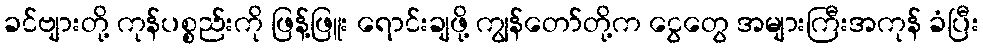
ခင်ဗျားတို့ ကုန်ပစ္စည်းကို ဖြန့်ဖြူး ရောင်းချဖို့ ကျွန်တော်တို့က ငွေတွေ အများကြီးအကုန် ခံပြီး